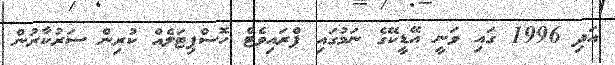
އަދި 1996 ގައި ވަނީ އޭޑީކޭގެ ނަމުގައި ޕްރައިވެޓް ހޮސްޕިޓަލެއް ކުރިން ސަރުކާރުން